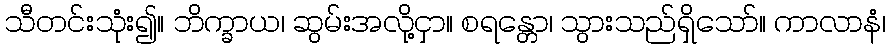
သီတင်းသုံး၍။ ဘိက္ခာယ၊ ဆွမ်းအလို့ငှာ။ စရန္တော၊ သွားသည်ရှိသော်။ ကာလာနံ၊